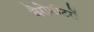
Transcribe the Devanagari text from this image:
बैरोमीटरों